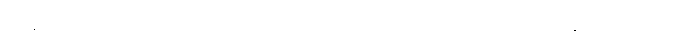
လူနာဦးမြမောင် ရောက်လာတော့ ကျွန်တော် လက်ခံယူပြီး စစ်ဆေးပါတယ်။